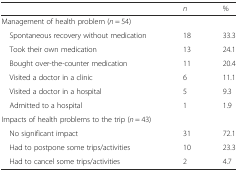
|  | n | % |
 | --- | --- | --- |
 | Management of health problem (n = 54) |  |  |
 | Spontaneous recovery without medication | 18 | 33.3 |
 | Took their own medication | 13 | 24.1 |
 | Bought over-the-counter medication | 11 | 20.4 |
 | Visited a doctor in a clinic | 6 | 11.1 |
 | Visited a doctor in a hospital | 5 | 9.3 |
 | Admitted to a hospital | 1 | 1.9 |
 | Impacts of health problems to the trip (n = 43) |  |  |
 | No significant impact | 31 | 72.1 |
 | Had to postpone some trips/activities | 10 | 23.3 |
 | Had to cancel some trips/activities | 2 | 4.7 |